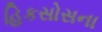
હિકસોસના